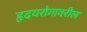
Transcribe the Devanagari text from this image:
हृदयरोगावरील